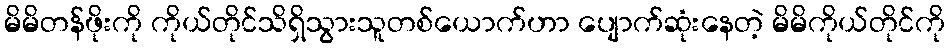
မိမိတန်ဖိုးကို ကိုယ်တိုင်သိရှိသွားသူတစ်ယောက်ဟာ ပျောက်ဆုံးနေတဲ့ မိမိကိုယ်တိုင်ကို